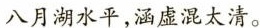
八月湖水平，涵虚混太清。